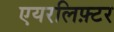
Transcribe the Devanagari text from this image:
एयरलिफ़्टर